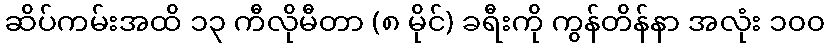
ဆိပ်ကမ်းအထိ ၁၃ ကီလိုမီတာ (၈ မိုင်) ခရီးကို ကွန်တိန်နာ အလုံး ၁၀၀